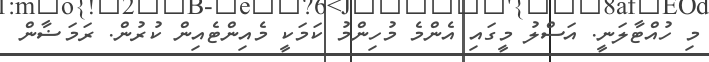
މި ހުއްޓާލަނީ. އަސްލު މީގައި އެންމެ މުހިންމު ކަމަކީ މެއިންޓެއިން ކުރުން. ރަމަޟާން